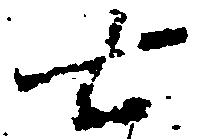
七